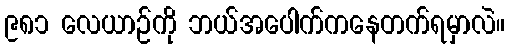
၉၈၁ လေယာဉ်ကို ဘယ်အပေါက်ကနေတက်ရမှာလဲ။